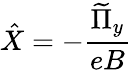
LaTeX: \hat{X}=-\frac{\widetilde{\Pi}_{y}}{eB}